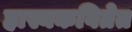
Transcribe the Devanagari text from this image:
हास्यकवितेत